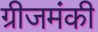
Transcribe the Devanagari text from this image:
ग्रीजमंकी